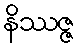
နိဿဇ္ဇ